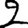
Digit: 2